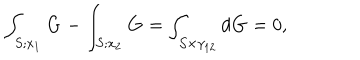
LaTeX: \int _ { S ; x _ { 1 } } { \bf G } - \int _ { S ; x _ { 2 } } { \bf G } = \int _ { { \cal S } \times \gamma _ { 1 2 } } d { \bf G } = 0 ,